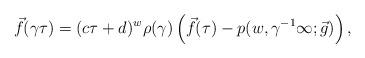
LaTeX: \begin{align*}\vec f(\gamma\tau) = (c\tau+d)^w\rho(\gamma)\left(\vec f(\tau)-p(w,\gamma^{-1}\infty;\vec g)\right),\end{align*}